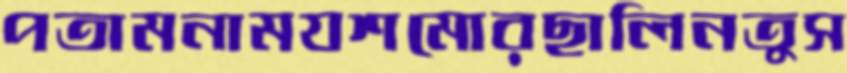
পতামনামযশমোরছালিনতুস